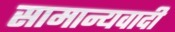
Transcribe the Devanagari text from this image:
सामान्यवादी